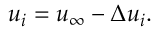
\begin{array} { r } { u _ { i } = u _ { \infty } - \Delta u _ { i } . } \end{array}